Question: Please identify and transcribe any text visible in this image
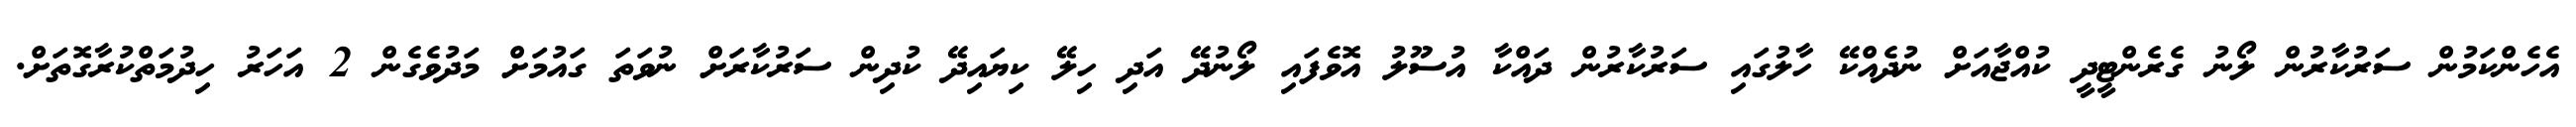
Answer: އެހެންކަމުން ސަރުކާރުން ލޯނު ގެރެންޓީދީ ކުއްޖާއަށް ނުދެއްކޭ ހާލުގައި ސަރުކާރުން ދައްކާ އުސޫލު އޮވެފައި ލޯނުދޭ އަދި ހިލޭ ކިޔައިދޭ ކުދިން ސަރުކާރަށް ނުވަތަ ގައުމަށް މަދުވެގެން 2 އަހަރު ހިދުމަތްކުރާގޮތަށް.